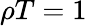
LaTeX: \rho T=1